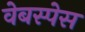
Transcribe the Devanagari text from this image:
वेबस्पेस